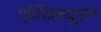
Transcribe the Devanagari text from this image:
एक्ज़िक्यूशन